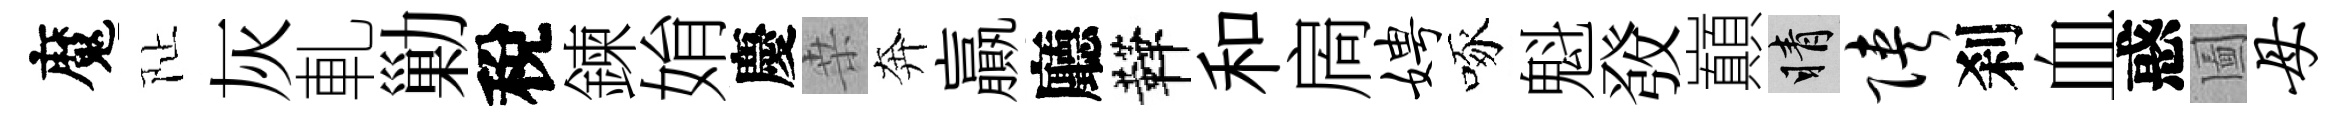
魔阯灰軋勦稅鍊姢慶桒奔贏廳鞾和扄娉啄魁𤼲巔睛陕刹血惑圗母